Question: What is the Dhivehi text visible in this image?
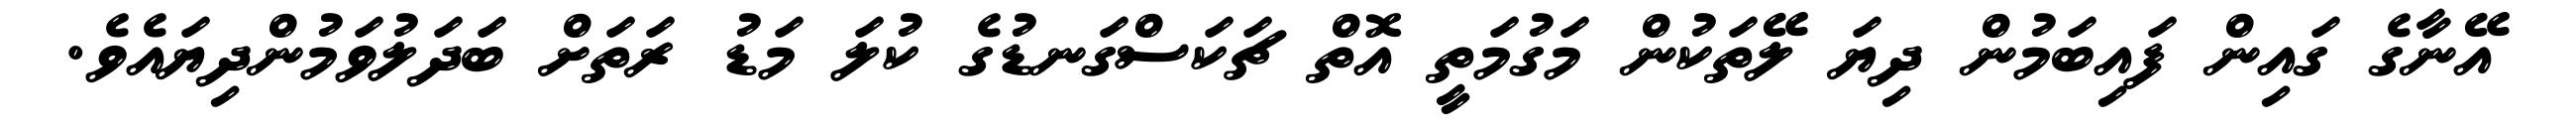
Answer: އޭނާގެ ގައިން ފައިބަމުން ދިޔަ ލޭތަކުން މަގުމަތީ އޮތް ޗަކަސްގަނޑުގެ ކުލަ މަޑު ރަތަށް ބަދަލުވަމުންދިޔައެވެ.